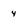
Character: 4